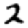
Digit: 2